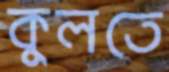
কুলতে